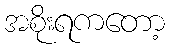
အစိုးရကတော့